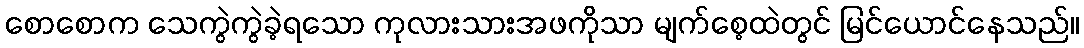
စောစောက သေကွဲကွဲခဲ့ရသော ကုလားသားအဖကိုသာ မျက်စေ့ထဲတွင် မြင်ယောင်နေသည်။